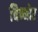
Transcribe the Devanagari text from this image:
चिन्नोर